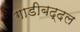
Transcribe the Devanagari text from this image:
गाडीबद्दल